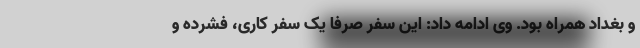
و بغداد همراه بود. وی ادامه داد: این سفر صرفا یک سفر کاری، فشرده و